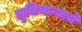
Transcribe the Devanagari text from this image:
लुधियान्याचे